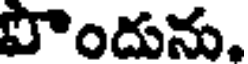
పొందును.